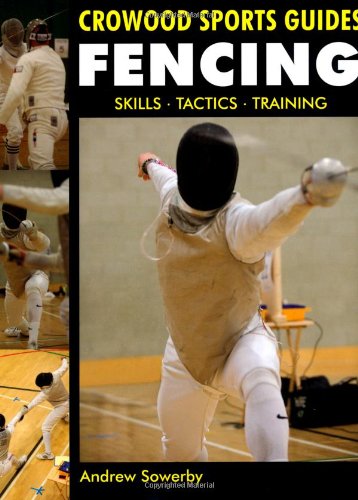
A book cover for Fencing: Skills, Tactics, Training (Crowood Sports Guides); Andrew Sowerby; Sports & Outdoors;